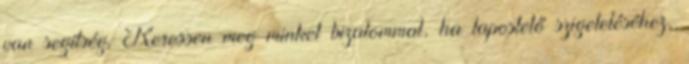
van segítség. Keressen meg minket bizalommal, ha lapostető szigeteléséhez,